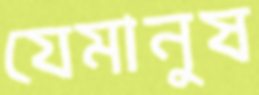
যেমানুষ